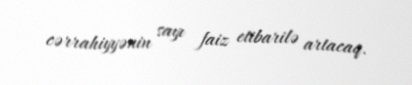
cərrahiyyənin sayı faiz etibarilə artacaq.